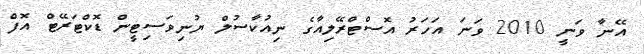
އޭނާ ވަނީ 2010 ވަނަ އަހަރު އޮސްޓްރޭލިއާގެ ނިއުކާސުލް ޔުނިވަސިޓީން ޑޮކްޓަރޭޓް އޮފް